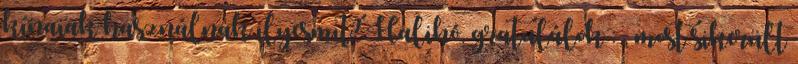
kínaiak használnak ilyesmit? Halihó, gratulálok : , most sikerült